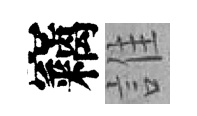
竊誰